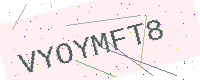
Text: VYOYMFT8